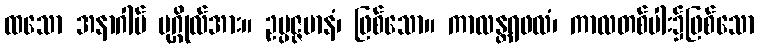
ထသော အနာဂါမ် ပုဂ္ဂိုလ်အား။ ဥပ္ပဇ္ဇမာနံ၊ ဖြစ်သော။ ကာလန္တရဖလံ၊ ကာလတစ်ပါး၌ဖြစ်သော